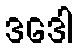
ဒဒေါ